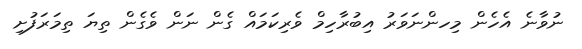
ނުވާނެ އެހެން މިހންނަވަރު އިބުރާހިމް ވެރިކަމައް ގެން ނަން ވެގެން ތިޔަ ތިމަރަފުށި